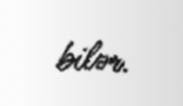
bilər.